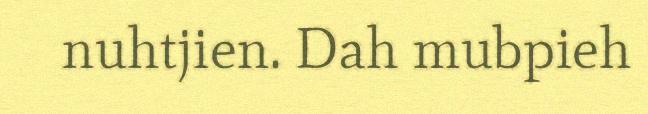
nuhtjien. Dah mubpieh